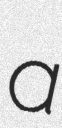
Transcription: a